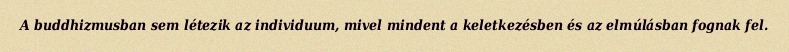
A buddhizmusban sem létezik az individuum, mivel mindent a keletkezésben és az elmúlásban fognak fel.